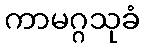
ကာမဂ္ဂသုခံ